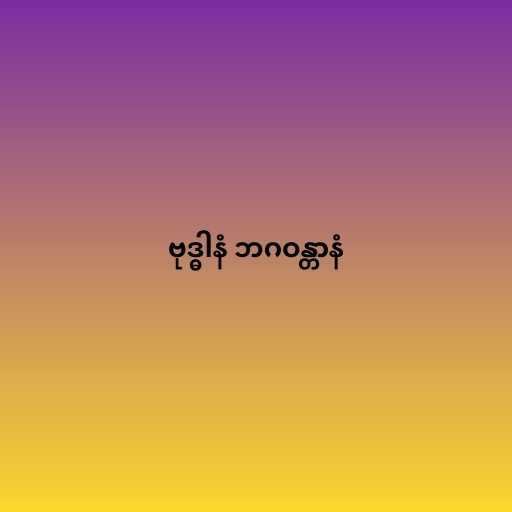
ဗုဒ္ဓါနံ ဘဂဝန္တာနံ